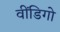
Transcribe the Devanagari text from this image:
वींडिगो